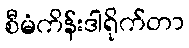
စီမံကိန်းဒါရိုက်တာ